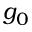
g _ { 0 }